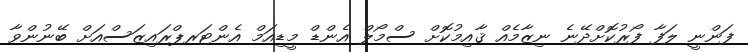
ފަންނީ ލަފާ ފޯރުކޮށްދޭނެ ނިޒާމެއް ޤާއިމުކޮށް ސްމޯލް އެންޑް މީޑިއަމް އެންޓަރޕްރައިޒަސްއަށް ބޭނުންވާ